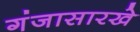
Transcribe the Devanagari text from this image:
गंजासारखे